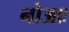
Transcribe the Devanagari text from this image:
नोआः